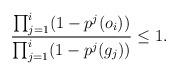
LaTeX: \begin{align*}\frac{\prod_{j=1}^i(1-p^j(o_i))}{\prod_{j=1}^i(1-p^j(g_j))}\leq 1.\end{align*}